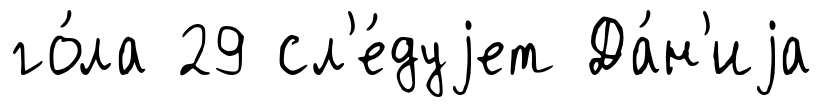
го́ла 29 сл'е́дуjет Да́н'иjа